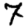
Digit: 7